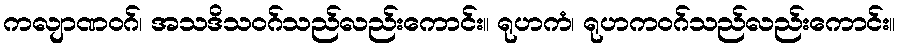
ကလျာဏဝဂ်၊ အသဒိသဝဂ်သည်လည်းကောင်း။ ရုဟကံ၊ ရုဟကဝဂ်သည်လည်းကောင်း။